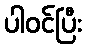
ပါဝင်ပြီး